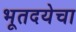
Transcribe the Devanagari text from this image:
भूतदयेचा